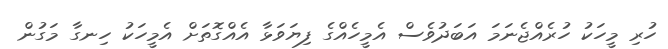
ހުރި މީހަކު ހުރެއްޖެނަމަ އަބަދުވެސް އެމީހެއްގެ ފިޔަވަޅާ އެއްގޮތަށް އެމީހަކު ހިނގާ މަގުން